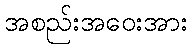
အစည်းအဝေးအား